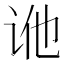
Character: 𬣢